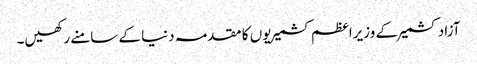
آزاد کشمیر کے وزیراعظم کشمیریوں کا مقدمہ دنیا کے سامنے رکھیں۔